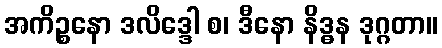
အကိဉ္စနော ဒလိဒ္ဒေါ စ၊ ဒီနော နိဒ္ဓန ဒုဂ္ဂတာ။